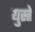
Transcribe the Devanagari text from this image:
युस्ते